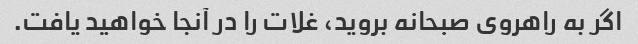
اگر به راهروی صبحانه بروید، غلات را در آنجا خواهید یافت.